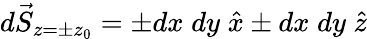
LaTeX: d\vec{S}_{z=\pm z_{0}}=\pm dx\; dy\; \hat{x}\pm dx\; dy\; \hat{z}